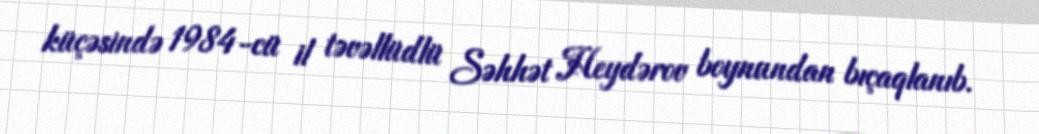
küçəsində 1984-cü il təvəllüdlü Səhhət Heydərov boynundan bıçaqlanıb.